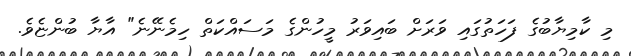
މި ކާމިޔާބުގެ ފަހަތުގައި ވަރަށް ބައިވަރު މީހުންގެ މަސައްކަތް ހިމެނޭނެ" އާޔާ ބުންޏެވެ.